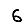
Digit: 6